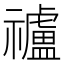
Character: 𥜠